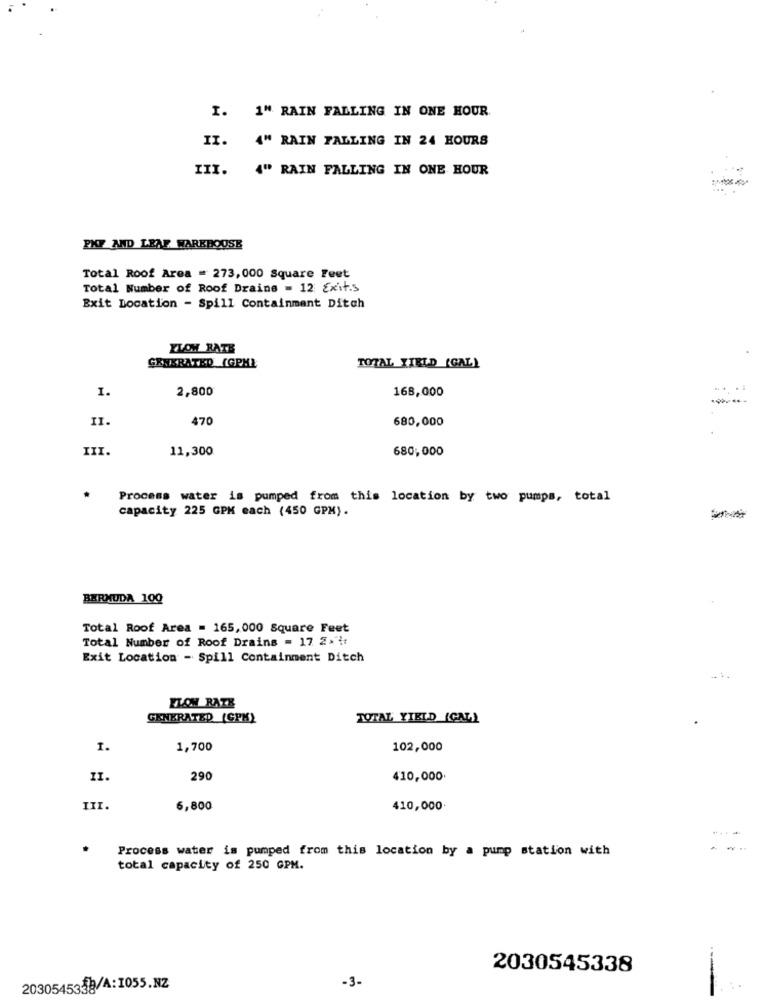
I. 1" RAIN FALLING IN ONE HOUR
II.
4" RAIN FALLING IN 24 HOURS
III.
4" RAIN FALLING IN ONE HOUR
PKF AND LEAF WAREHOUSE
Total Roof Area = 273,000 Square Feet
Total Number of Roof Drains = 12 Exits
Exit Location - Spill Containment Ditch
FLOW RATE
GENERATED (GPHL
TOTAL YIELD (GAL)
I.
2,800
168,000
II.
470
680,000
III.
11,300
680,000
Process water is pumped from this location by two pumps, total
capacity 225 GPK each (450 GPM).
BERMUDA 100
Total Roof Area = 165, 000 Square Feet
Total Number of Roof Drains = 17 2.
Exit Location - Spill Containment Ditch
FLOW RATE
GENERATED [CPM)
TOTAL YIELD (CAL)
1.
1,700
102,000
II.
290
410,000.
III.
6,800
410,000
Process water is pumped from this location by a pump station with
total capacity of 250 GPM.
2030545338
-3-
2030545338/A:1055.NZ